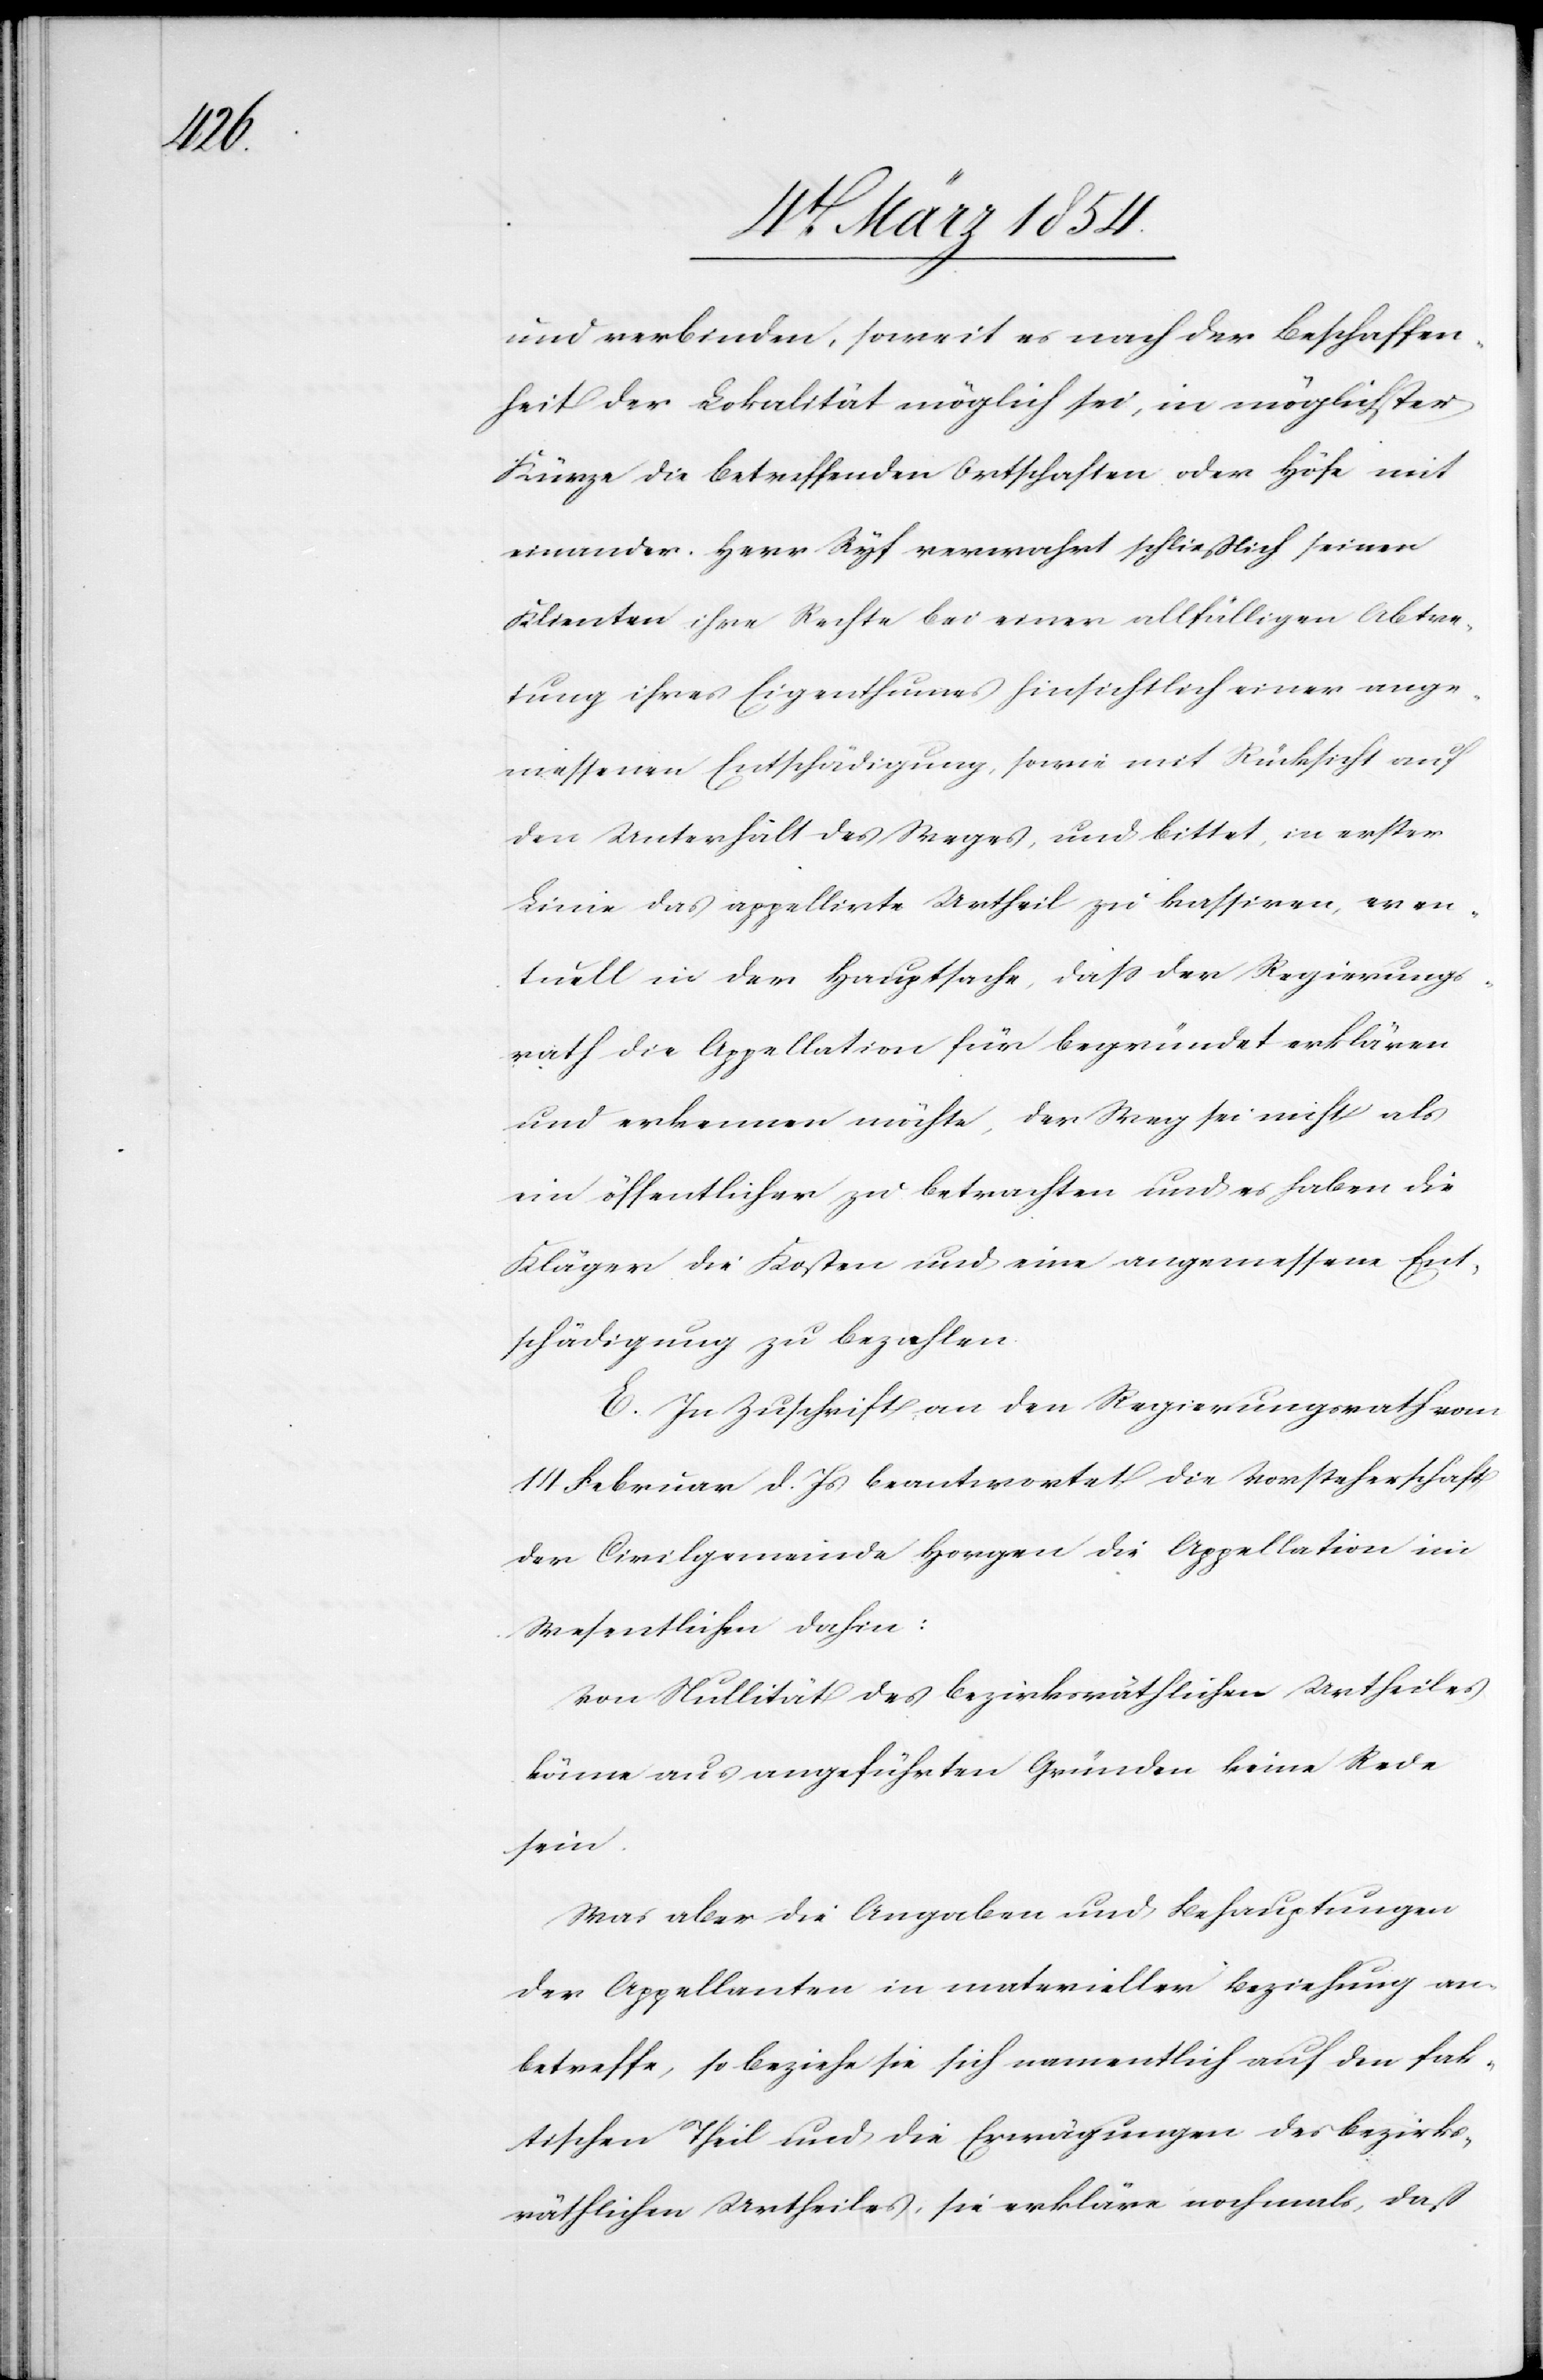
und verbinden, soweit es nach der Beschaffen¬
heit der Lokalität möglich sei, in möglichster
Kürze die betreffenden Ortschaften oder Höfe mit
einander. Herr Ryf verwahrt schließlich seinen
Klienten ihre Rechte bei einer allfälligen Abtre¬
tung ihres Eigenthumes hinsichtlich einer ange¬
messenen Entschädigung, sowie mit Rücksicht auf
den Unterhalt des Wege, und bittet, in erster
Linie das appellirte Urtheil zu kassiren, even¬
tuell in der Hauptsache, daß der Regierungs¬
rath die Appellation für begründet erklären
und erkennen möchte, der Weg sei nicht als
ein öffentlicher zu betrachten und es haben die
Kläger die Kosten und eine angemessene Ent¬
schädigung zu bezahlen.
E. In Zuschrift an den Regierungsrath vom
14 Februar d. Js beantwortet die Vorsteherschaft
der Civilgemeinde Horgen die Appellation im
Wesentlichen dahin:
Von Nullität des bezirksräthlichen Urtheiles
könne aus angeführten Gründen keine Rede
sein.
Was aber die Angaben und Behauptungen
der Appellanten in materieller Beziehung an¬
treffe, so beziehe sie sich namentlich auf den fak¬
tischen Theil und die Erwägungen des bezirks¬
räthlichen Urtheiles. Sie erklären nochmals, daß